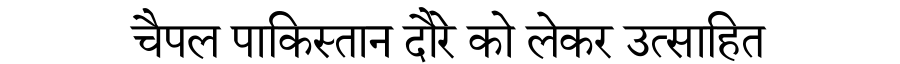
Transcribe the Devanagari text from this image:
चैपल पाकिस्तान दौरे को लेकर उत्साहित